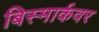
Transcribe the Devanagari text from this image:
बिस्मार्कवर